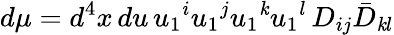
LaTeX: d\mu=d^{4}x\, du\, u_{1}{}^{i}u_{1}{}^{j}u_{1}{}^{\mathit{k}}u_{1}{}^{l}\, D_{ij}\bar{{D}}_{\mathit{k}l}